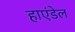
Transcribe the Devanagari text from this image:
हाएंडेल